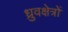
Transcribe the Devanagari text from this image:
ध्रुवक्षेत्रों